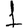
Digit: 1